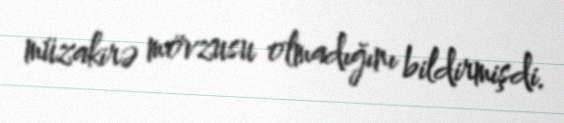
müzakirə mövzusu olmadığını bildirmişdi.